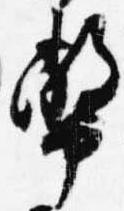
幣